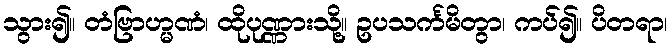
သွား၍။ တံဗြာဟ္မဏံ၊ ထိုပုဏ္ဏားသို့။ ဥပသင်္ကမိတွာ၊ ကပ်၍။ ပိတရာ၊